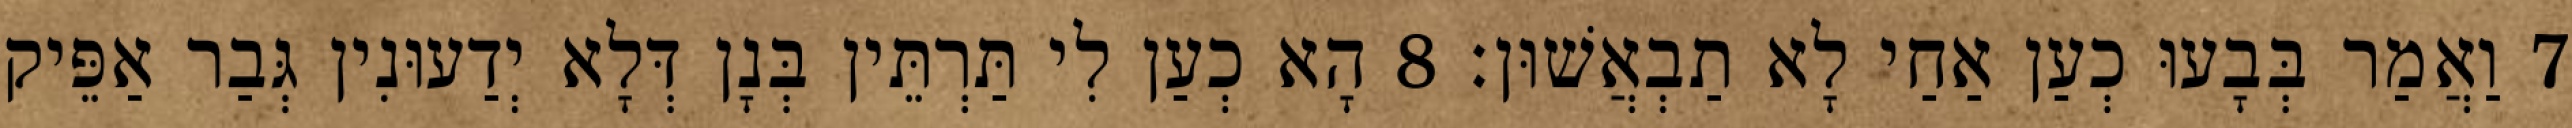
7 וַאֲמַר בְּבָעוּ כְעַן אַחַי לָא תַבְאֲשׁוּן׃ 8 הָא כְעַן לִי תַּרְתֵּין בְּנָן דְּלָא יְדַעוּנִין גְּבַר אַפֵּיק